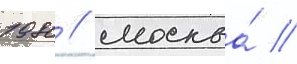
1980 / москва́ /